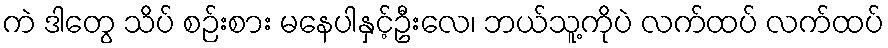
ကဲ ဒါတွေ သိပ် စဉ်းစား မနေပါနှင့်ဦးလေ၊ ဘယ်သူ့ကိုပဲ လက်ထပ် လက်ထပ်